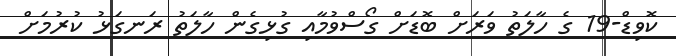
ކޮވިޑް-19 ގެ ހާލަތު ވަރަށް ބޮޑަށް ގޯސްވުުމާއި ގުޅިގެން ހާލަތު ރަނގަޅު ކުރުމަށް